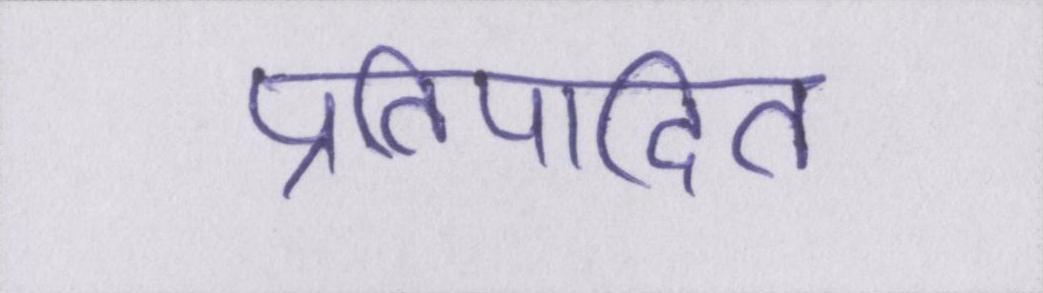
प्रतिपादित